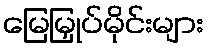
မြေမြှုပ်မိုင်းများ